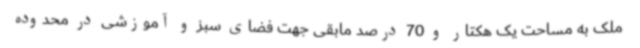
ملک به مساحت یک هکتار و 70 درصد مابقی جهت فضای سبز و آموزشی در محدوده